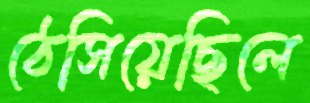
ঠেসিয়েছিলে